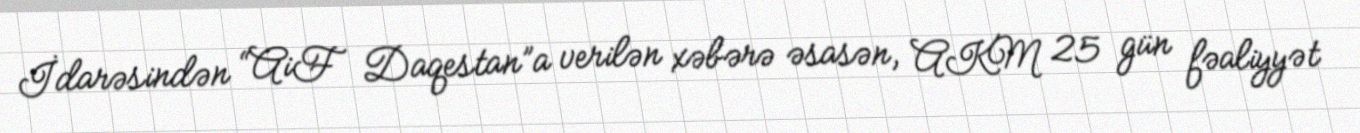
İdarəsindən “AiF Daqestan”a verilən xəbərə əsasən, AKM 25 gün fəaliyyət